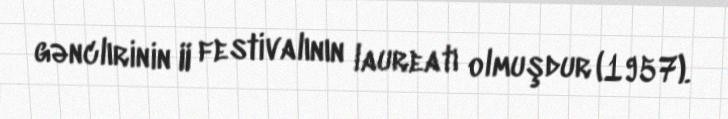
gənclırinin II festivalının laureatı olmuşdur (1957).